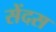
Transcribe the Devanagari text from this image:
सेंदस